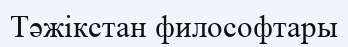
Тәжікстан философтары